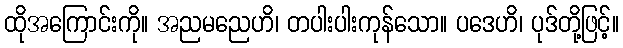
ထိုအကြောင်းကို။ အညမညေဟိ၊ တပါးပါးကုန်သော။ ပဒေဟိ၊ ပုဒ်တို့ဖြင့်။